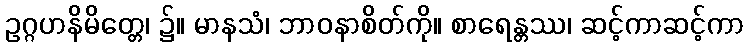
ဥဂ္ဂဟနိမိတ္တေ၊ ၌။ မာနသံ၊ ဘာဝနာစိတ်ကို။ စာရေန္တဿ၊ ဆင့်ကာဆင့်ကာ